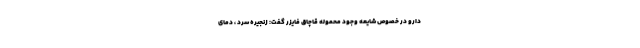
دارو در خصوص شایعه وجود محموله قاچاق فایزر گفت: زنجیره سرد ، دمای